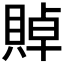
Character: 𲂰